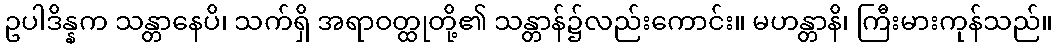
ဥပါဒိန္နက သန္တာနေပိ၊ သက်ရှိ အရာဝတ္ထုတို့၏ သန္တာန်၌လည်းကောင်း။ မဟန္တာနိ၊ ကြီးမားကုန်သည်။